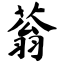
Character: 蓊